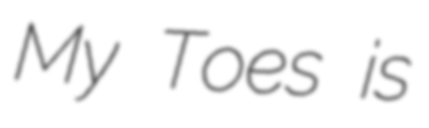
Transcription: My Toes is